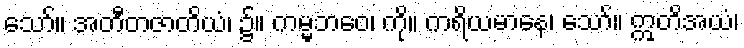
သော်။ အတီတဇာတိယံ၊ ၌။ ကမ္မဘဝေ၊ ကို။ ကရိယမာနေ၊ သော်။ ဣတိအယံ၊